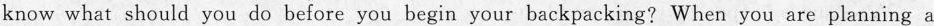
know what should you do before you begin your backpacking? When you are planning a